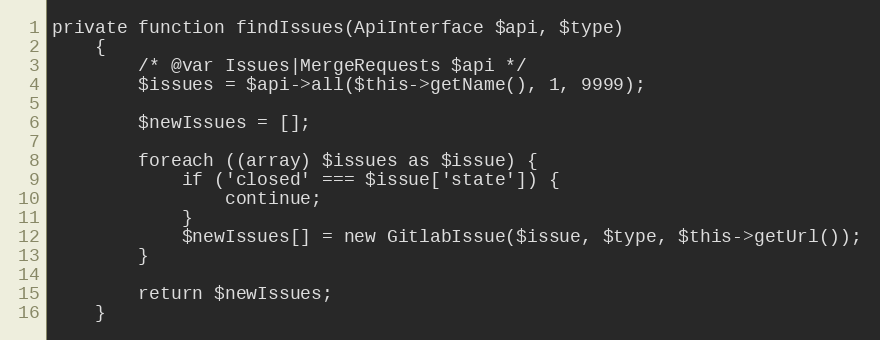
Language: PHP
private function findIssues(ApiInterface $api, $type)
    {
        /* @var Issues|MergeRequests $api */
        $issues = $api->all($this->getName(), 1, 9999);

        $newIssues = [];

        foreach ((array) $issues as $issue) {
            if ('closed' === $issue['state']) {
                continue;
            }
            $newIssues[] = new GitlabIssue($issue, $type, $this->getUrl());
        }

        return $newIssues;
    }